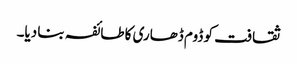
ثقافت کو ڈوم ڈھاری کا طائفہ بنا دیا۔